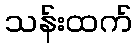
သန်းထက်